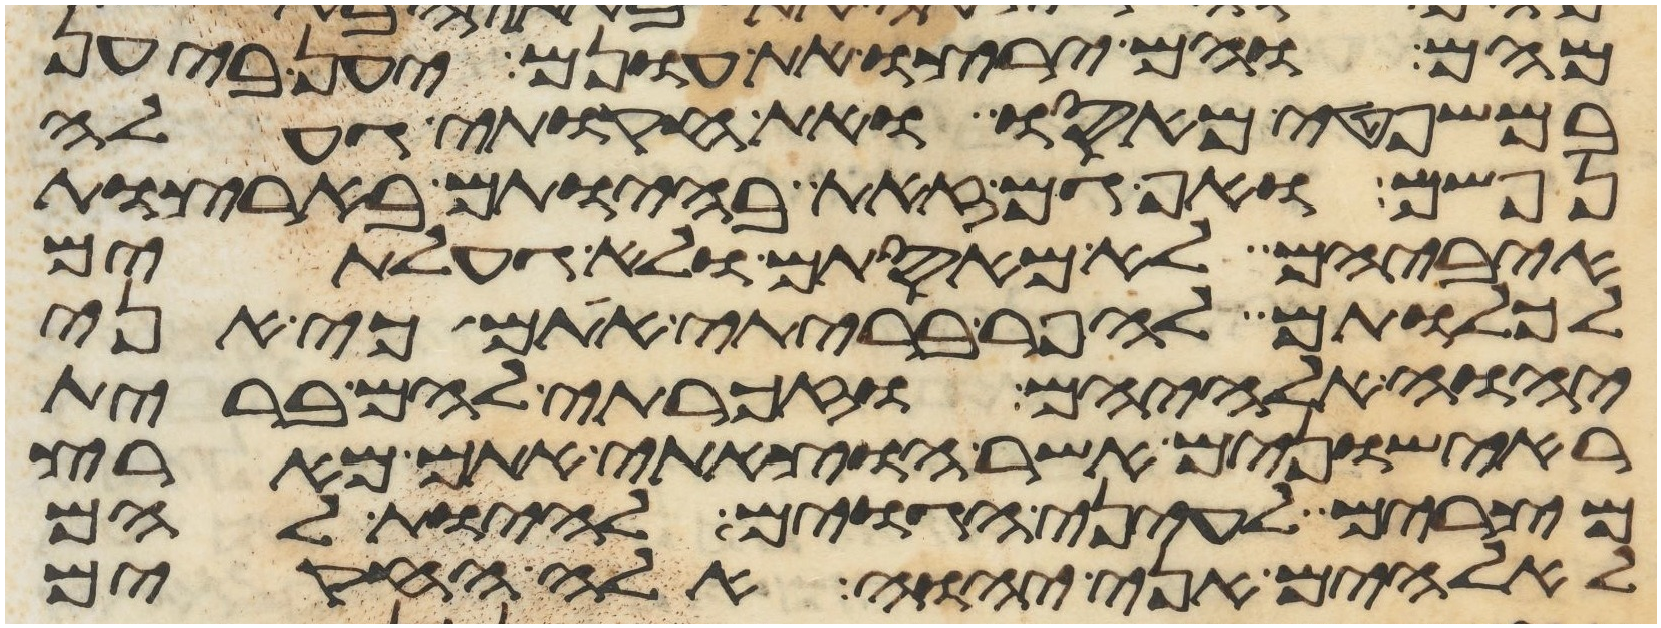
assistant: מהם והם ירצו את עונם יען ביען
במשפטי מאסו ואת חקותי געלה
נפשם ואף גם זאת בהיותם בארצות
איביהם לא מאסתים ולא געלתים
לכלותם להפר בריתי אתם כי אני
יהוה אלהיהם וזכרתי להם ברית
ראישונים אשר הוצאתי אתם מארץ
מצרים לעיני הגוים להיות להם
לאלהים אני יהוה אלה החקים